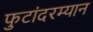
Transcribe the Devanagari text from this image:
फुटांदरम्यान